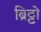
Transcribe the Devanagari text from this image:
ब्रिट्टो